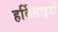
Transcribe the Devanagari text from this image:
हर्बिसाइडों